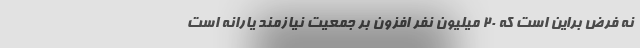
نه فرض براین است که ۲۰ میلیون نفر افزون بر جمعیت نیازمند یارانه است